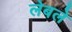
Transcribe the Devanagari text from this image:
लेबले